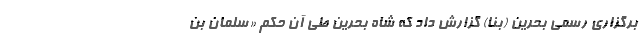
برگزاری رسمی بحرین (بنا) گزارش داد که شاه بحرین طی آن حکم «سلمان بن